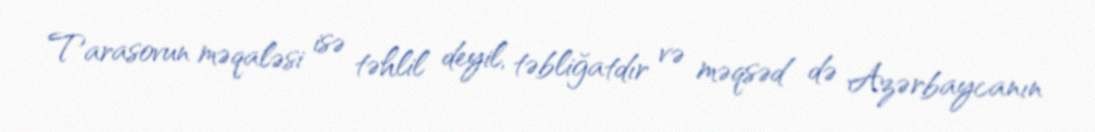
Tarasovun məqaləsi isə təhlil deyil, təbliğatdır və məqsəd də Azərbaycanın